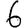
Digit: 6